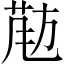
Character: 𱡵